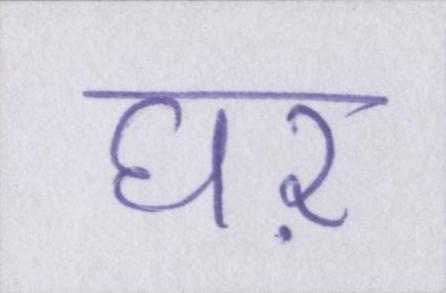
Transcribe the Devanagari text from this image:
घऱ